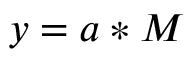
y = a * M